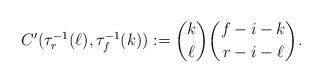
LaTeX: \begin{align*}C'(\tau_{r}^{-1}(\ell),\tau_{f}^{-1}(k)):=\binom{k}{\ell}\binom{f-i-k}{r-i-\ell}.\end{align*}